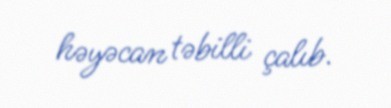
həyəcan təbilli çalıb.